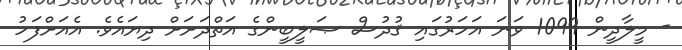
- މީލާދީން 1099 ވަނަ އަހަރުގައި ޤުދުސް ޞަލީބީންގެ އަތްދަށަށް ދިޔައެވެ. އެއަށްފަހު